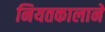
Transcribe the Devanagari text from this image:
नियतकालाने